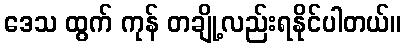
ဒေသ ထွက် ကုန် တချို့လည်းရနိုင်ပါတယ်။